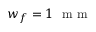
w _ { f } = 1 ~ \textrm { m m }